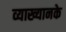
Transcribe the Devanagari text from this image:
व्याख्यानके